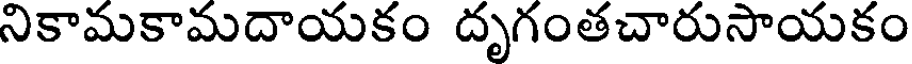
నికామకామదాయకం దృగంతచారుసాయకం